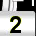
Digit: 2